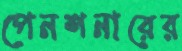
পেনশনারের